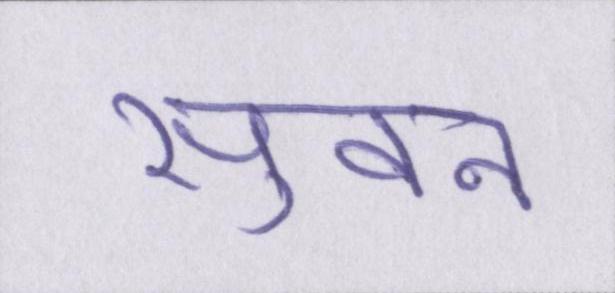
सुवन